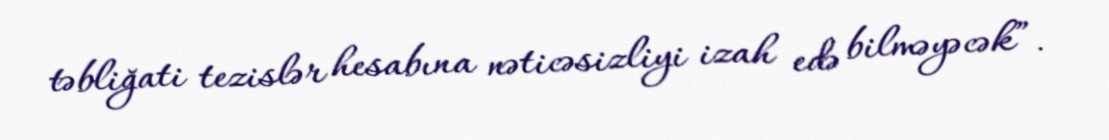
təbliğati tezislər hesabına nəticəsizliyi izah edə bilməyəcək”.